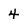
Character: 4